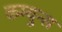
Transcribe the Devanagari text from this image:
कम्युन्स